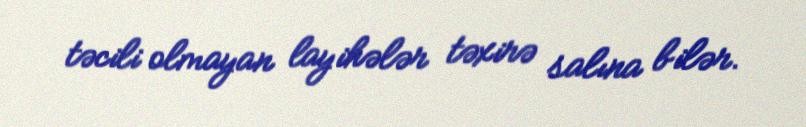
təcili olmayan layihələr təxirə salına bilər.